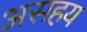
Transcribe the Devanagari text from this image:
असहय